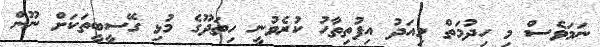
ނަމަވެސް މި ހިދުމަތް މިއަދު އިފުތިތާހު ކުރެވުނީ ހިތަދޫގެ މުޅި ގޭސީބީތަކަށް ނޫން